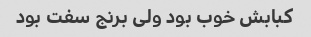
کبابش خوب بود ولی برنج سفت بود